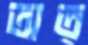
অত্